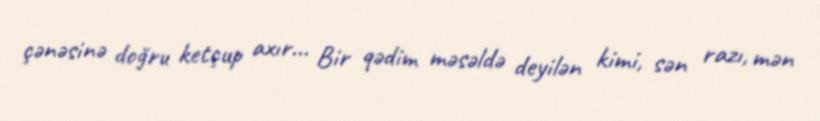
çənəsinə doğru ketçup axır... Bir qədim məsəldə deyilən kimi, sən razı, mən